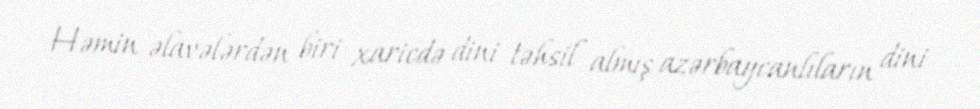
Həmin əlavələrdən biri xaricdə dini təhsil almış azərbaycanlıların dini